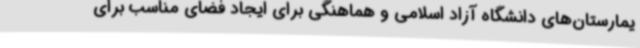
یمارستان‌های دانشگاه آزاد اسلامی و هماهنگی برای ایجاد فضای مناسب برای